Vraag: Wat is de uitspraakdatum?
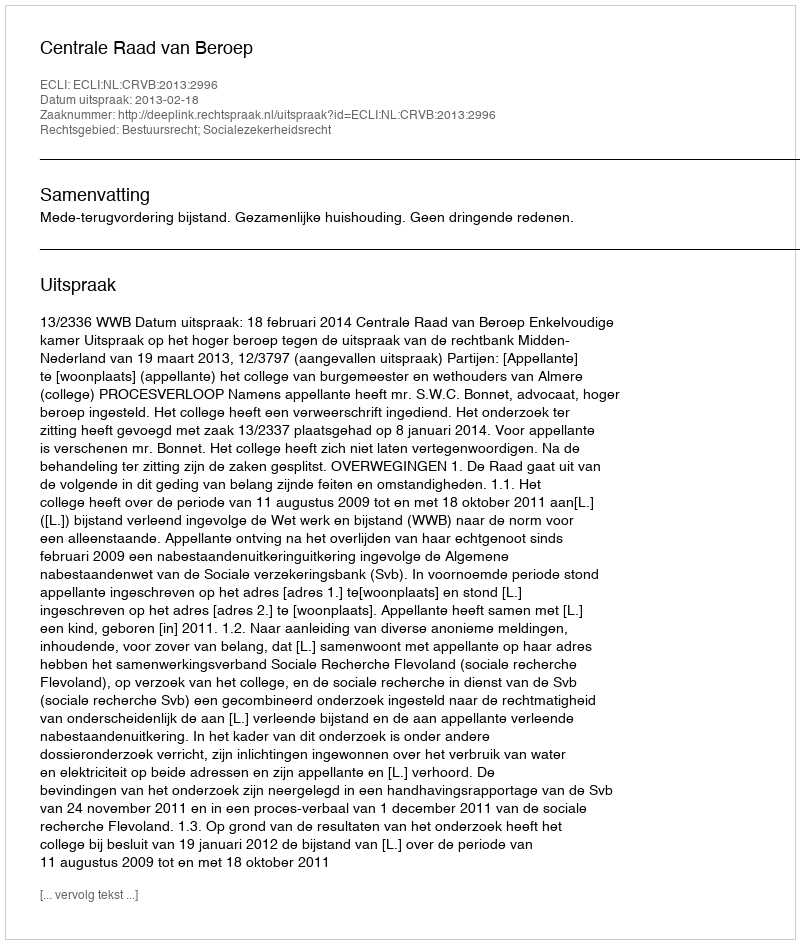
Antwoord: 2013-02-18